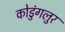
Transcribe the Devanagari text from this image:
कोडुंगलुर